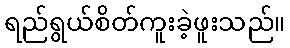
ရည်ရွယ်စိတ်ကူးခဲ့ဖူးသည်။